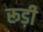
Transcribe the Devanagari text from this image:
रूड़ी